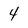
Character: 4